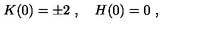
K ( 0 ) = \pm 2 \ , \quad H ( 0 ) = 0 \ ,